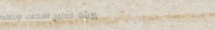
ورشة تصليح الساعات والدقة